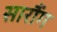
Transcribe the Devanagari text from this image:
सारौंग